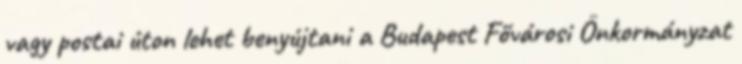
vagy postai úton lehet benyújtani a Budapest Fővárosi Önkormányzat